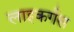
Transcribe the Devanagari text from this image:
लाइकर्गस